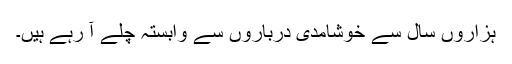
ہزاروں سال سے خوشامدی درباروں سے وابستہ چلے آ رہے ہیں۔